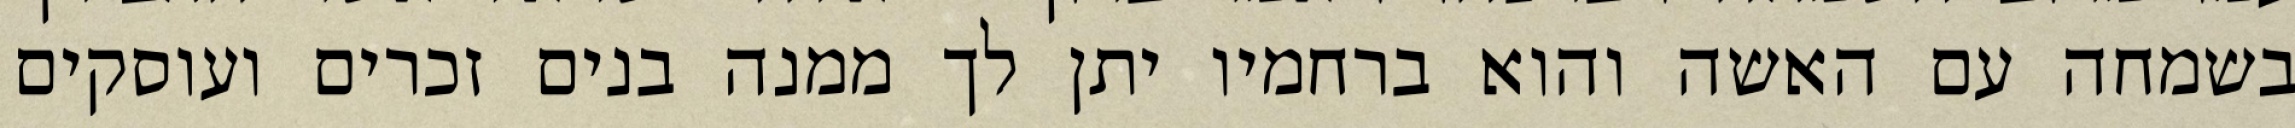
בשמחה עם האשה והוא ברחמיו יתן לך ממנה בנים זכרים ועוסקים